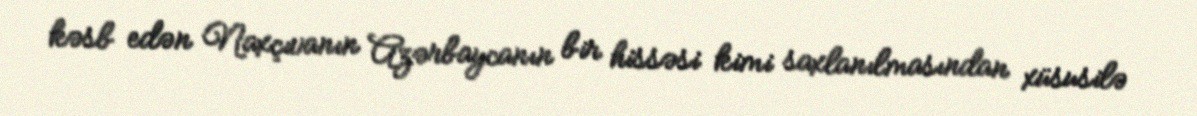
kəsb edən Naxçıvanın Azərbaycanın bir hissəsi kimi saxlanılmasından xüsusilə